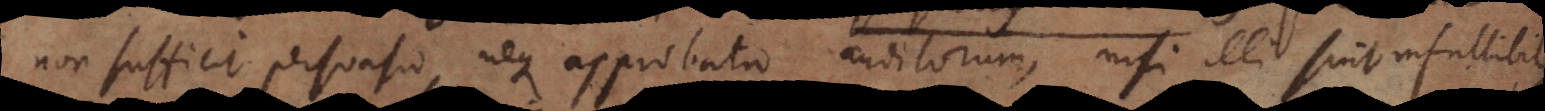
non sufficit persuasio, neque approbatio auditorum, nisi illi sint infallibi